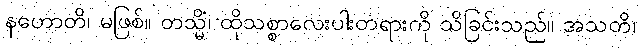
နဟောတိ၊ မဖြစ်။ တသ္မိံ၊ ထိုသစ္စာလေးပါးတရားကို သိခြင်းသည်။ အသတိ၊